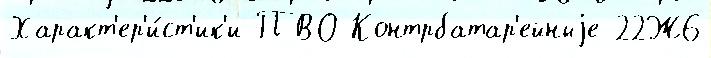
Характ'ер'и́ст'ик'и ПВО Контрбатар'ейныjе 22Ж6